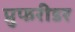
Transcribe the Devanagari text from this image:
प्रुफरीडर